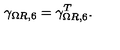
\gamma _ { \Omega R , 6 } = \gamma _ { \Omega R , 6 } ^ { T } .